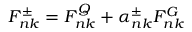
F _ { n k } ^ { \pm } = F _ { n k } ^ { Q } + \alpha _ { n k } ^ { \pm } F _ { n k } ^ { G }